Document type: Fief grant
Year: 1411
Scribe: Arnau de Lledó
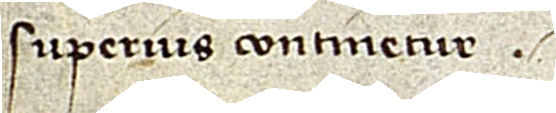
superius continetur.